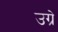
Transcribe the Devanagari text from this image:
उग्रे